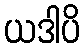
ယဒါပိ